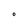
Character: 0